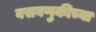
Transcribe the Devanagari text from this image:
वसवणुकीच्या